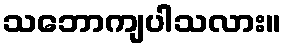
သဘောကျပါသလား။